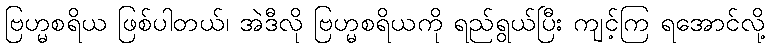
ဗြဟ္မစရိယ ဖြစ်ပါတယ်၊ အဲဒီလို ဗြဟ္မစရိယကို ရည်ရွယ်ပြီး ကျင့်ကြ ရအောင်လို့